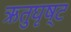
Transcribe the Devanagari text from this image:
ऋतुघृष्ट